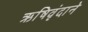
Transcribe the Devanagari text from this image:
ऋषिवृंदाने